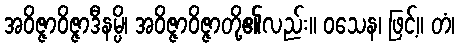
အဝိဇ္ဇာဝိဇ္ဇာဒီနမ္ပိ၊ အဝိဇ္ဇာဝိဇ္ဇာတို့၏လည်း။ ဝသေန၊ ဖြင့်။ တံ၊